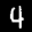
Label: 4